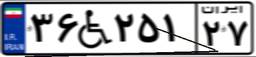
۳۶W۲۵۱۲۷